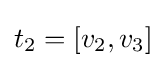
t_{2}=[v_{2},v_{3}]